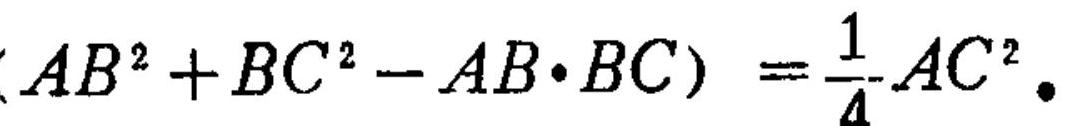
\((AB^{2}+BC^{2}-AB\cdot BC)=\frac{1}{4}AC^{2}.\)